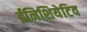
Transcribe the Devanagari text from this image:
ईनिशियेटिव